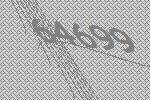
64699